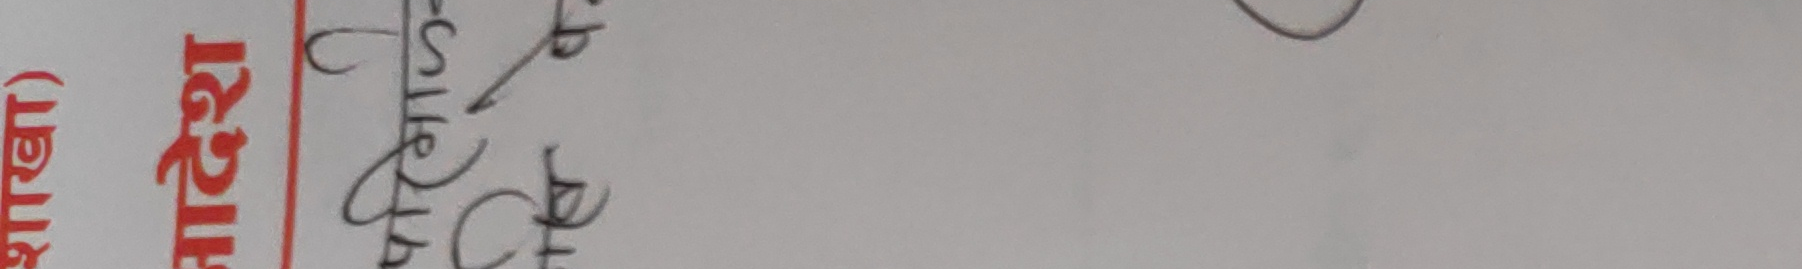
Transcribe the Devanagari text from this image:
शित्तल